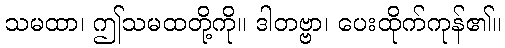
သမထာ၊ ဤသမထတို့ကို။ ဒါတဗ္ဗာ၊ ပေးထိုက်ကုန်၏။